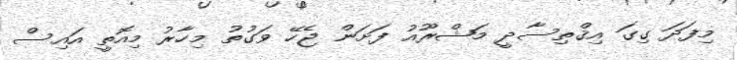
މިފަދަ ގިގަ އިޤްތިސާދީ މަޝްރޫއު ފަށަން ޖެހޭ ވަގުތު މިހާރު މިއޮތީ އައިސް